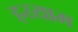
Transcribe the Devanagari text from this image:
हय्याम